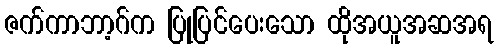
ဇက်ကာဘာ့ဂ်က ပြုပြင်ပေးသော ထိုအယူအဆအရ